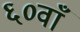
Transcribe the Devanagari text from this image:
६०वाँ